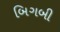
બિગબી